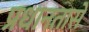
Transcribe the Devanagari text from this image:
प्रधानतासे